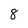
Character: 8